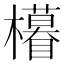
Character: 𣟟